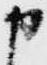
申